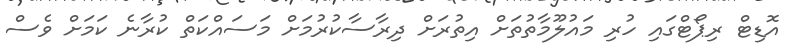
އޮޑިޓް ރިޕޯޓްގައި ހުރި މައުލޫމާތުތަށް އިތުރަށް ދިރާސާކުރުމަށް މަސައްކަތް ކުރާނެ ކަމަށް ވެސް